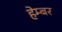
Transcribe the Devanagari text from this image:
हेम्बर